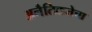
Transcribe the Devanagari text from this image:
अनैतिकतेचा